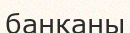
банканы